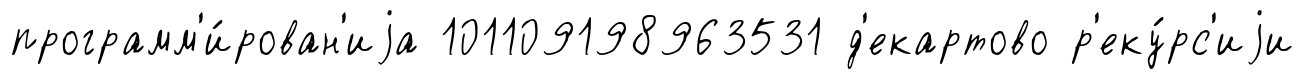
программ'и́рован'иjа 101109198963531 д'екартово р'еку́рс'иjи